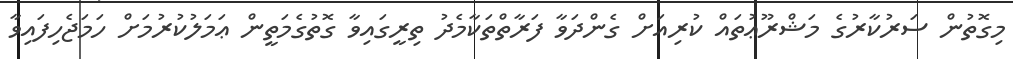
މިގޮތުން ސަރުކާރުގެ މަޝްރޫޢުތައް ކުރިއަށް ގެންދަވާ ފަރާތްތަކާމެދު ތިރީގައިވާ ގޮތުގެމަތީން ޢަމަލުކުރުމަށް ހަމަޖެހިފައިވާ